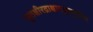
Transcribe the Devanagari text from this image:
घृतक्षीरद्राक्षामधुमधुरिमा